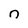
Character: n